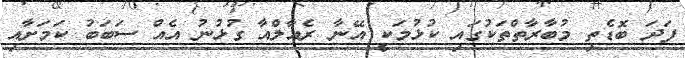
ފަދަ ބޮޑެތި މުބާރާތްތަކުގައި ކުޅުމަކީ އޭނާ ރެއާލްއާ ގުޅުނު އެއް ސަބަބު ކަމަށާއި